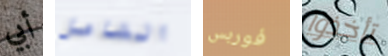
أبي الشامل فوربس تأخذوا